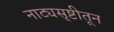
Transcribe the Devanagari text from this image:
नाट्यसृष्टीतून